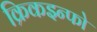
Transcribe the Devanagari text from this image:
क्रिकइन्फो